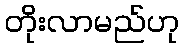
တိုးလာမည်ဟု